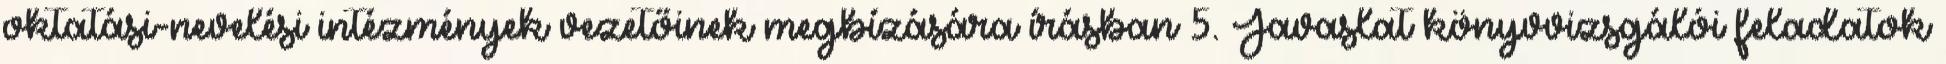
oktatási-nevelési intézmények vezetőinek megbízására írásban 5. Javaslat könyvvizsgálói feladatok